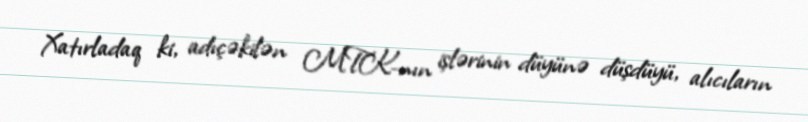
Xatırladaq ki, adıçəkilən MTK-nın işlərinin düyünə düşdüyü, alıcıların